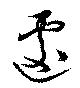
遽